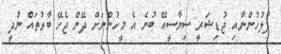
ފުލުހުންނާއި ޖުޑިޝަރީ ސިޔާސީއޭ ބުނެ އެ މީހުންނަށް ދޭން ޖެހޭ ބާރުތައް ނުދީ